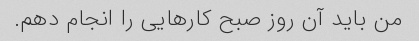
من باید آن روز صبح کارهایی را انجام دهم.